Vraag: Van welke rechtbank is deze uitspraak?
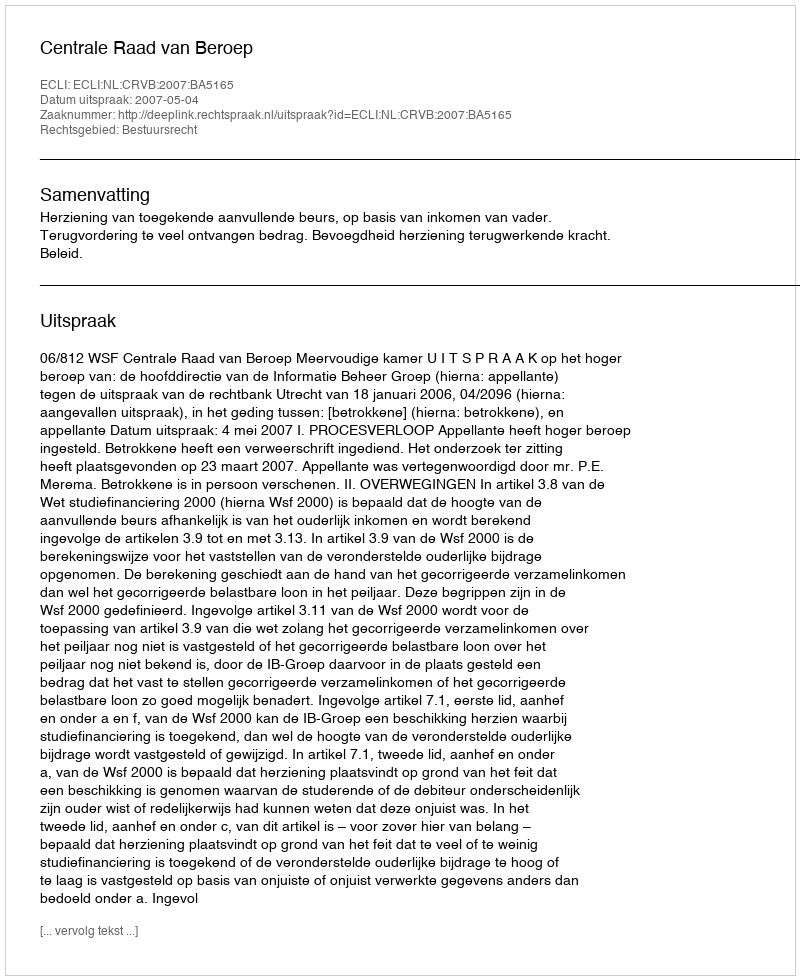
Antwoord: Centrale Raad van Beroep